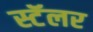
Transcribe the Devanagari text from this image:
स्टॅलर